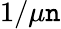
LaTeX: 1/\mu\mathtt{n}